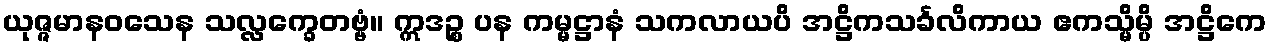
ယုဇ္ဇမာနဝသေန သလ္လက္ခေတဗ္ဗံ။ ဣဒဉ္စ ပန ကမ္မဋ္ဌာနံ သကလာယပိ အဋ္ဌိကသင်္ခလိကာယ ဧကသ္မိမ္ပိ အဋ္ဌိကေ